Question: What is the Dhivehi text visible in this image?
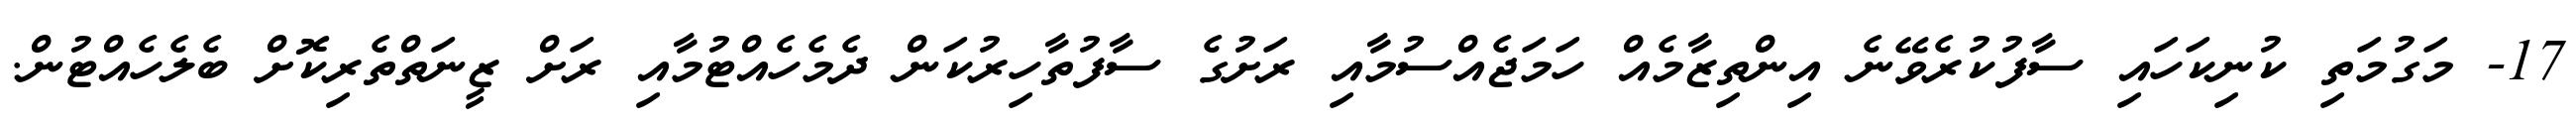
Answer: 17- މަގުމަތި ކުނިކަހައި ސާފުކުރެވޭނެ އިންތިޒާމެއް ހަމަޖެއްސުމާއި ރަށުގެ ސާފުތާހިރުކަން ދެމެހެއްޓުމާއި ރަށް ޒީނަތްތެރިކޮށް ބެލެހެއްޓުން.